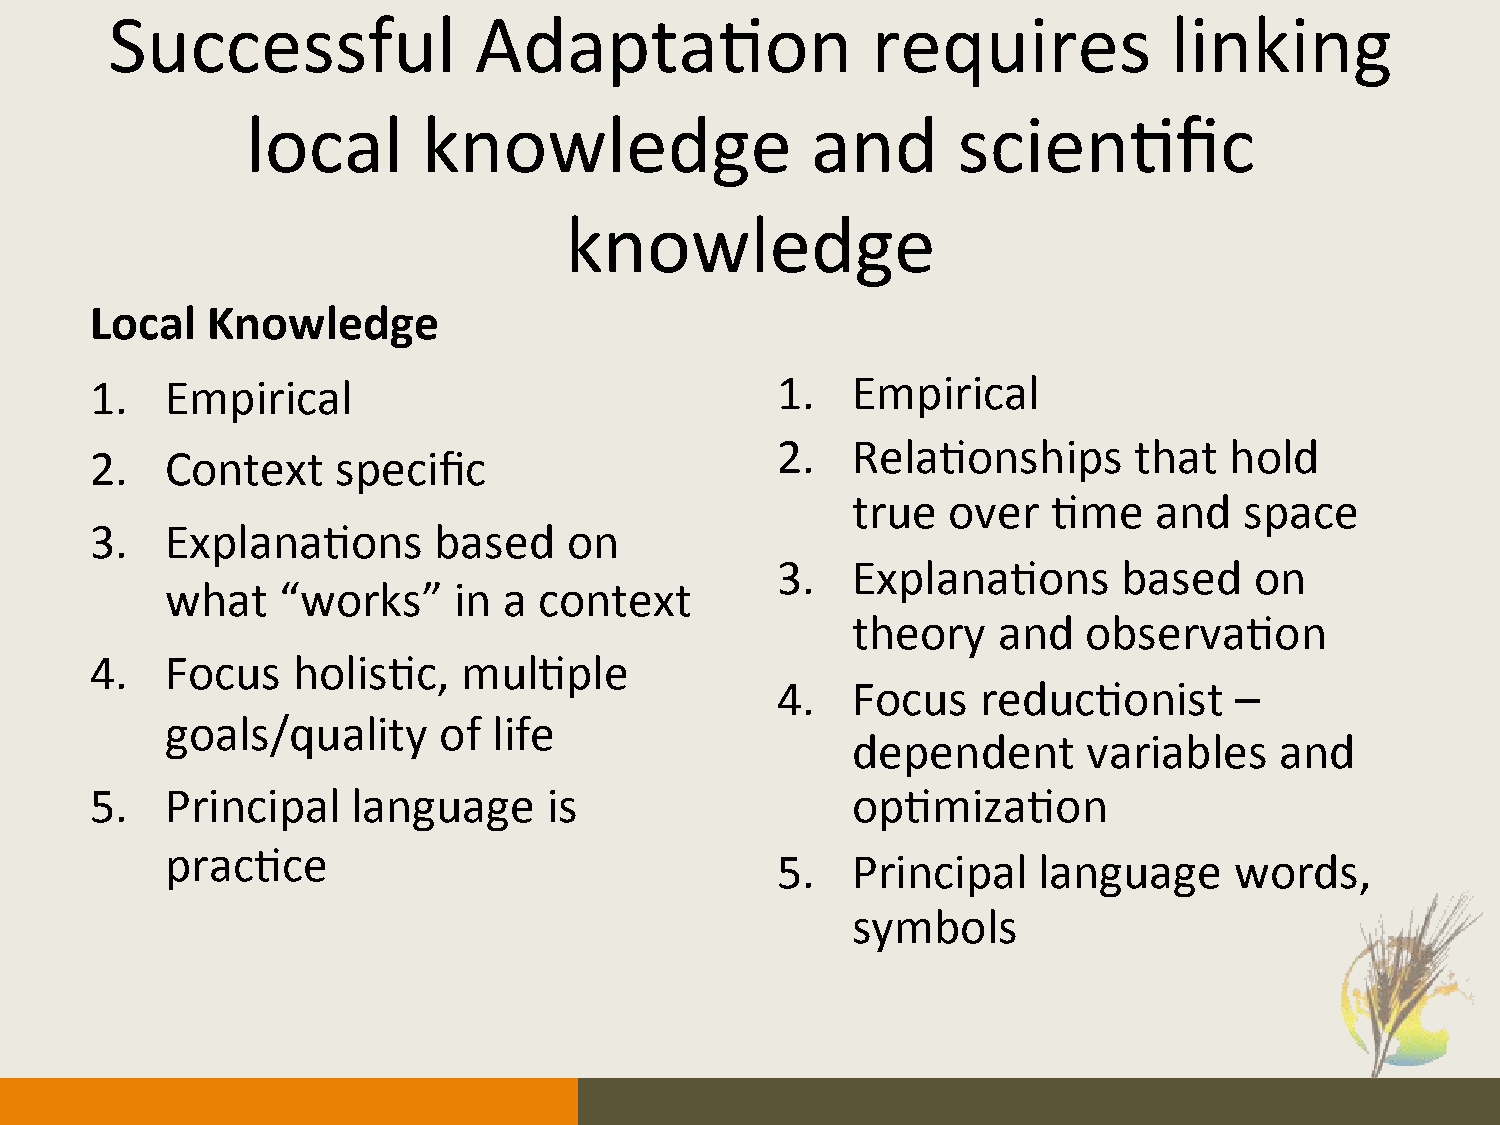
Successful              Adapta.on                  requires           linking
 local       knowledge                 and      scien.fic
 knowledge
 Local   Knowledge
 1.   Empirical                               1.   Empirical
 2.   Rela.onships       that  hold
 2.   Context    specific
 true   over   .me   and   space
 3.   Explana.ons       based    on
 3.   Explana.ons       based    on
 what   “works”     in a  context
 theory    and   observa.on
 4.   Focus   holis.c,   mul.ple
 4.   Focus    reduc.onist      –
 goals/quality     of  life
 dependent       variables    and
 5.   Principal   language     is                  op.miza.on
 prac.ce
 5.   Principal    language     words,
 symbols